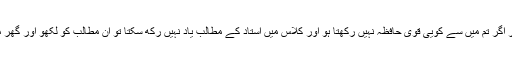
پس علم سیکھو اور اسکے حصول میں کوشش کرو اور اگر تم میں سے کویی قوی حافظہ نہیں رکھتا ہو اور کلاس میں استاد کے مطالب یاد نہیں رکھ سکتا تو ان مطالب کو لکھو اور گھر میں محفوظ رکھو تا کہ ضرورت کے وقت کام آجاے۔